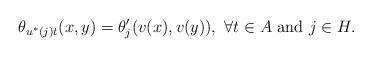
LaTeX: \begin{align*} \theta_{u^*(j)t}(x,y) = \theta'_j(v(x),v(y)) , \ \forall t\in A \mbox{ and } j\in H. \end{align*}